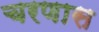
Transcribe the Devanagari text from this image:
चरणास